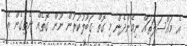
އެ މައްސަލަތައް ނިމެންދެން މި ގޮތް ގަބޫލުކުރުން ނޫން ގޮތެއް ނެތިގެން އެ